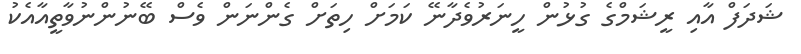
ޝަދަފް އާއި ރީޝަމްގެ ގުޅުން ހީނަރުވެދާނޭ ކަމަށް ހިތަށް ގެންނަން ވެސް ބޭނުންނުވާތީއާއެކު